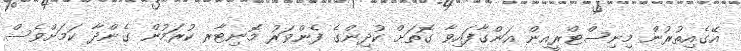
އޭގެއިތުރުން މިނިސްޓްރީއިން އަންގާފައިވާ ގޮތަށް ކުދިންގެ ފެންވަރު މޮނިޓާރ ކުރަމުން ގެންދާ ކަމަށްވެސް